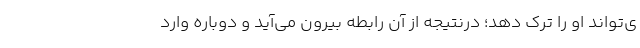
ی‌تواند او را ترک دهد؛ درنتیجه از آن رابطه بیرون می‌آید و دوباره وارد